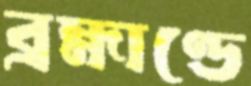
ব্রহ্মাণ্ডে